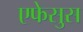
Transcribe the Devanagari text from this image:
एफेसुस